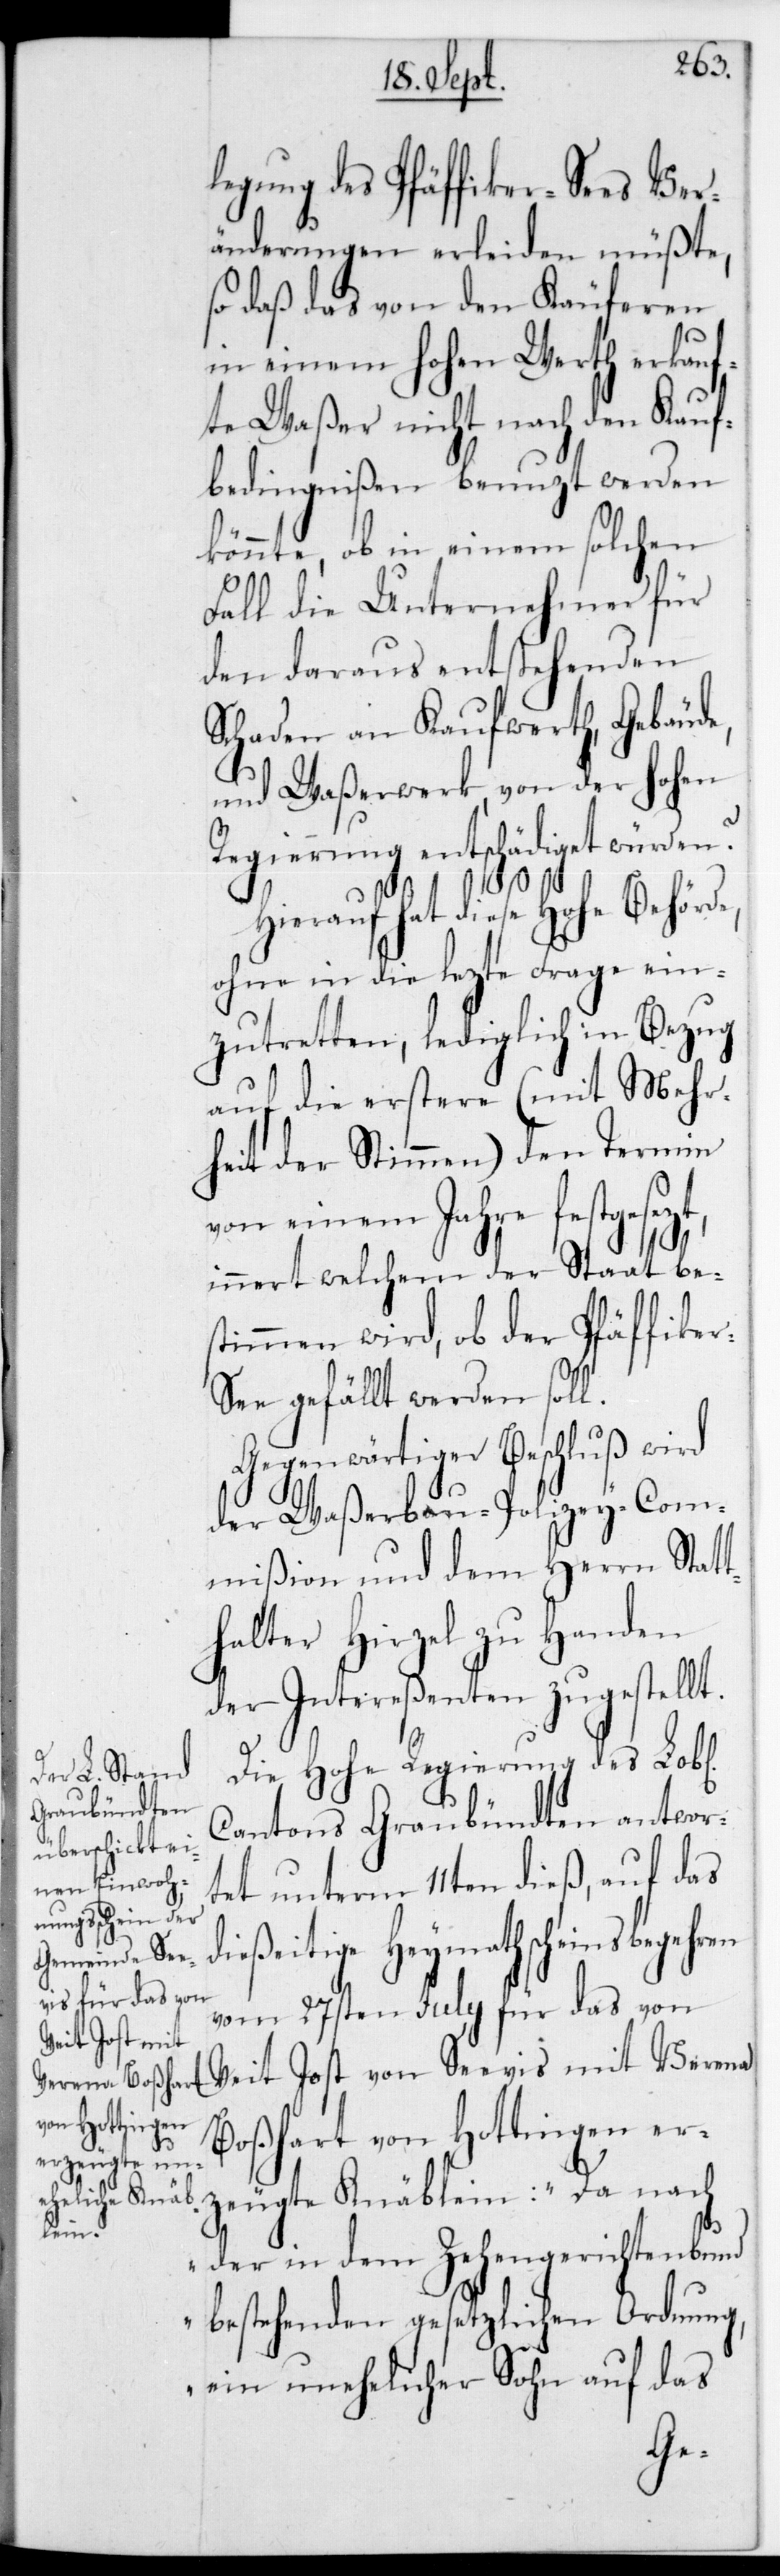
legung des Pfäffiker-Sees Ver¬
änderungen erleiden müßte,
so daß von den Käuferen
in einem Hohen Werth erkauf¬
te Waßer nicht nach den Kauf¬
bedingnißen benutzt werden
könnte, ob in einem solchen
Fall die Unternehmer für
den daraus entstehenden
Schaden an Kaufwerth, Gebäude,
und Waßerwerk, von der Hohen
Regierung entschädiget würden?
Hierauf hat diese Hohe Behörde,
ohne in die lezte Frage ein¬
zutretten, lediglich in Bezug
auf die erstere (mit Mehr¬
heit der Stimmen) den Termin
von einem Jahr festgesezt,
innert welchem der Staat be¬
stimmen wird, ob der Pfäffike¬
e gefällt werden soll.
Gegenwärtiger Beschluß wird
der Waßerbau-Polizey-Com¬
mißion und dem Herrn Statt¬
halter Hirzel zu Handen
der Intereßenten zugestellt.
Die Hohe Regierung des L.
Cantons Graubündten antwor¬
tet unterm 11ten dieß, auf das
dießeitige Heymathscheinsbegehren
vom 27sten July für das von
Veit Jost von Seevis mit Verena
Boßhart von Hottingen er¬
zeugte Knäblein: „Da nach
der in dem Zehengerichtenbund
bestehenden gesetzlichen Ordnung,
ein unehelicher Sohn auf das
r-Se¬